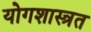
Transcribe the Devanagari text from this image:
योगशास्त्रत